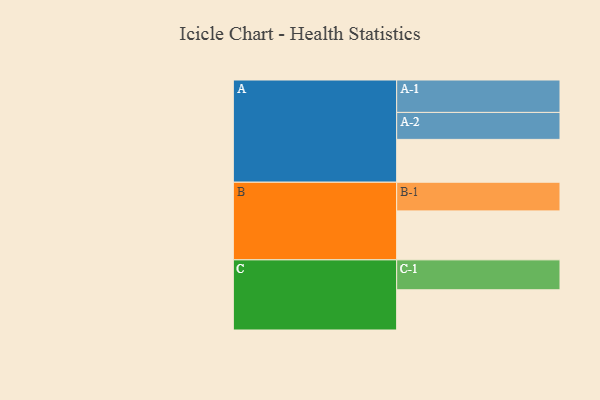
{"axis": {"x": "Segment", "y": "Value"}, "legend": ["", "A", "B", "C"], "data": [{"x": "A", "y": 378, "type": ""}, {"x": "B", "y": 432, "type": ""}, {"x": "C", "y": 355, "type": ""}, {"x": "A-1", "y": 286, "type": "A"}, {"x": "A-2", "y": 238, "type": "A"}, {"x": "B-1", "y": 253, "type": "B"}, {"x": "C-1", "y": 264, "type": "C"}]}